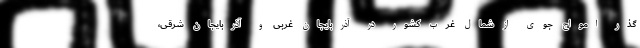
گذر امواج جوی از شمال غرب کشور در آذربایجان غربی و آذربایجان شرقی،